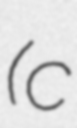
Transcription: (c